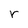
Character: r